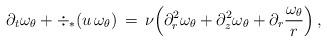
LaTeX: \begin{align*} \partial_t \omega_\theta + \div_*(u\,\omega_\theta) \,=\, \nu\Bigl(\partial_r^2 \omega_\theta + \partial_z^2 \omega_\theta + \partial_r\frac{\omega_\theta}{r}\Bigr)\,,\end{align*}